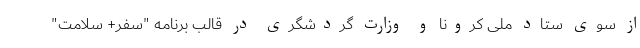
از سوی ستاد ملی کرونا و وزارت گردشگری در قالب برنامه "سفر+ سلامت"